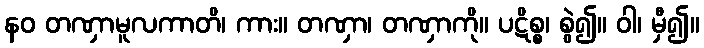
နဝ တဏှာမူလကာတိ၊ ကား။ တဏှာ၊ တဏှာကို။ ပဋိစ္စ၊ စွဲ၍။ ဝါ၊ မှီ၍။